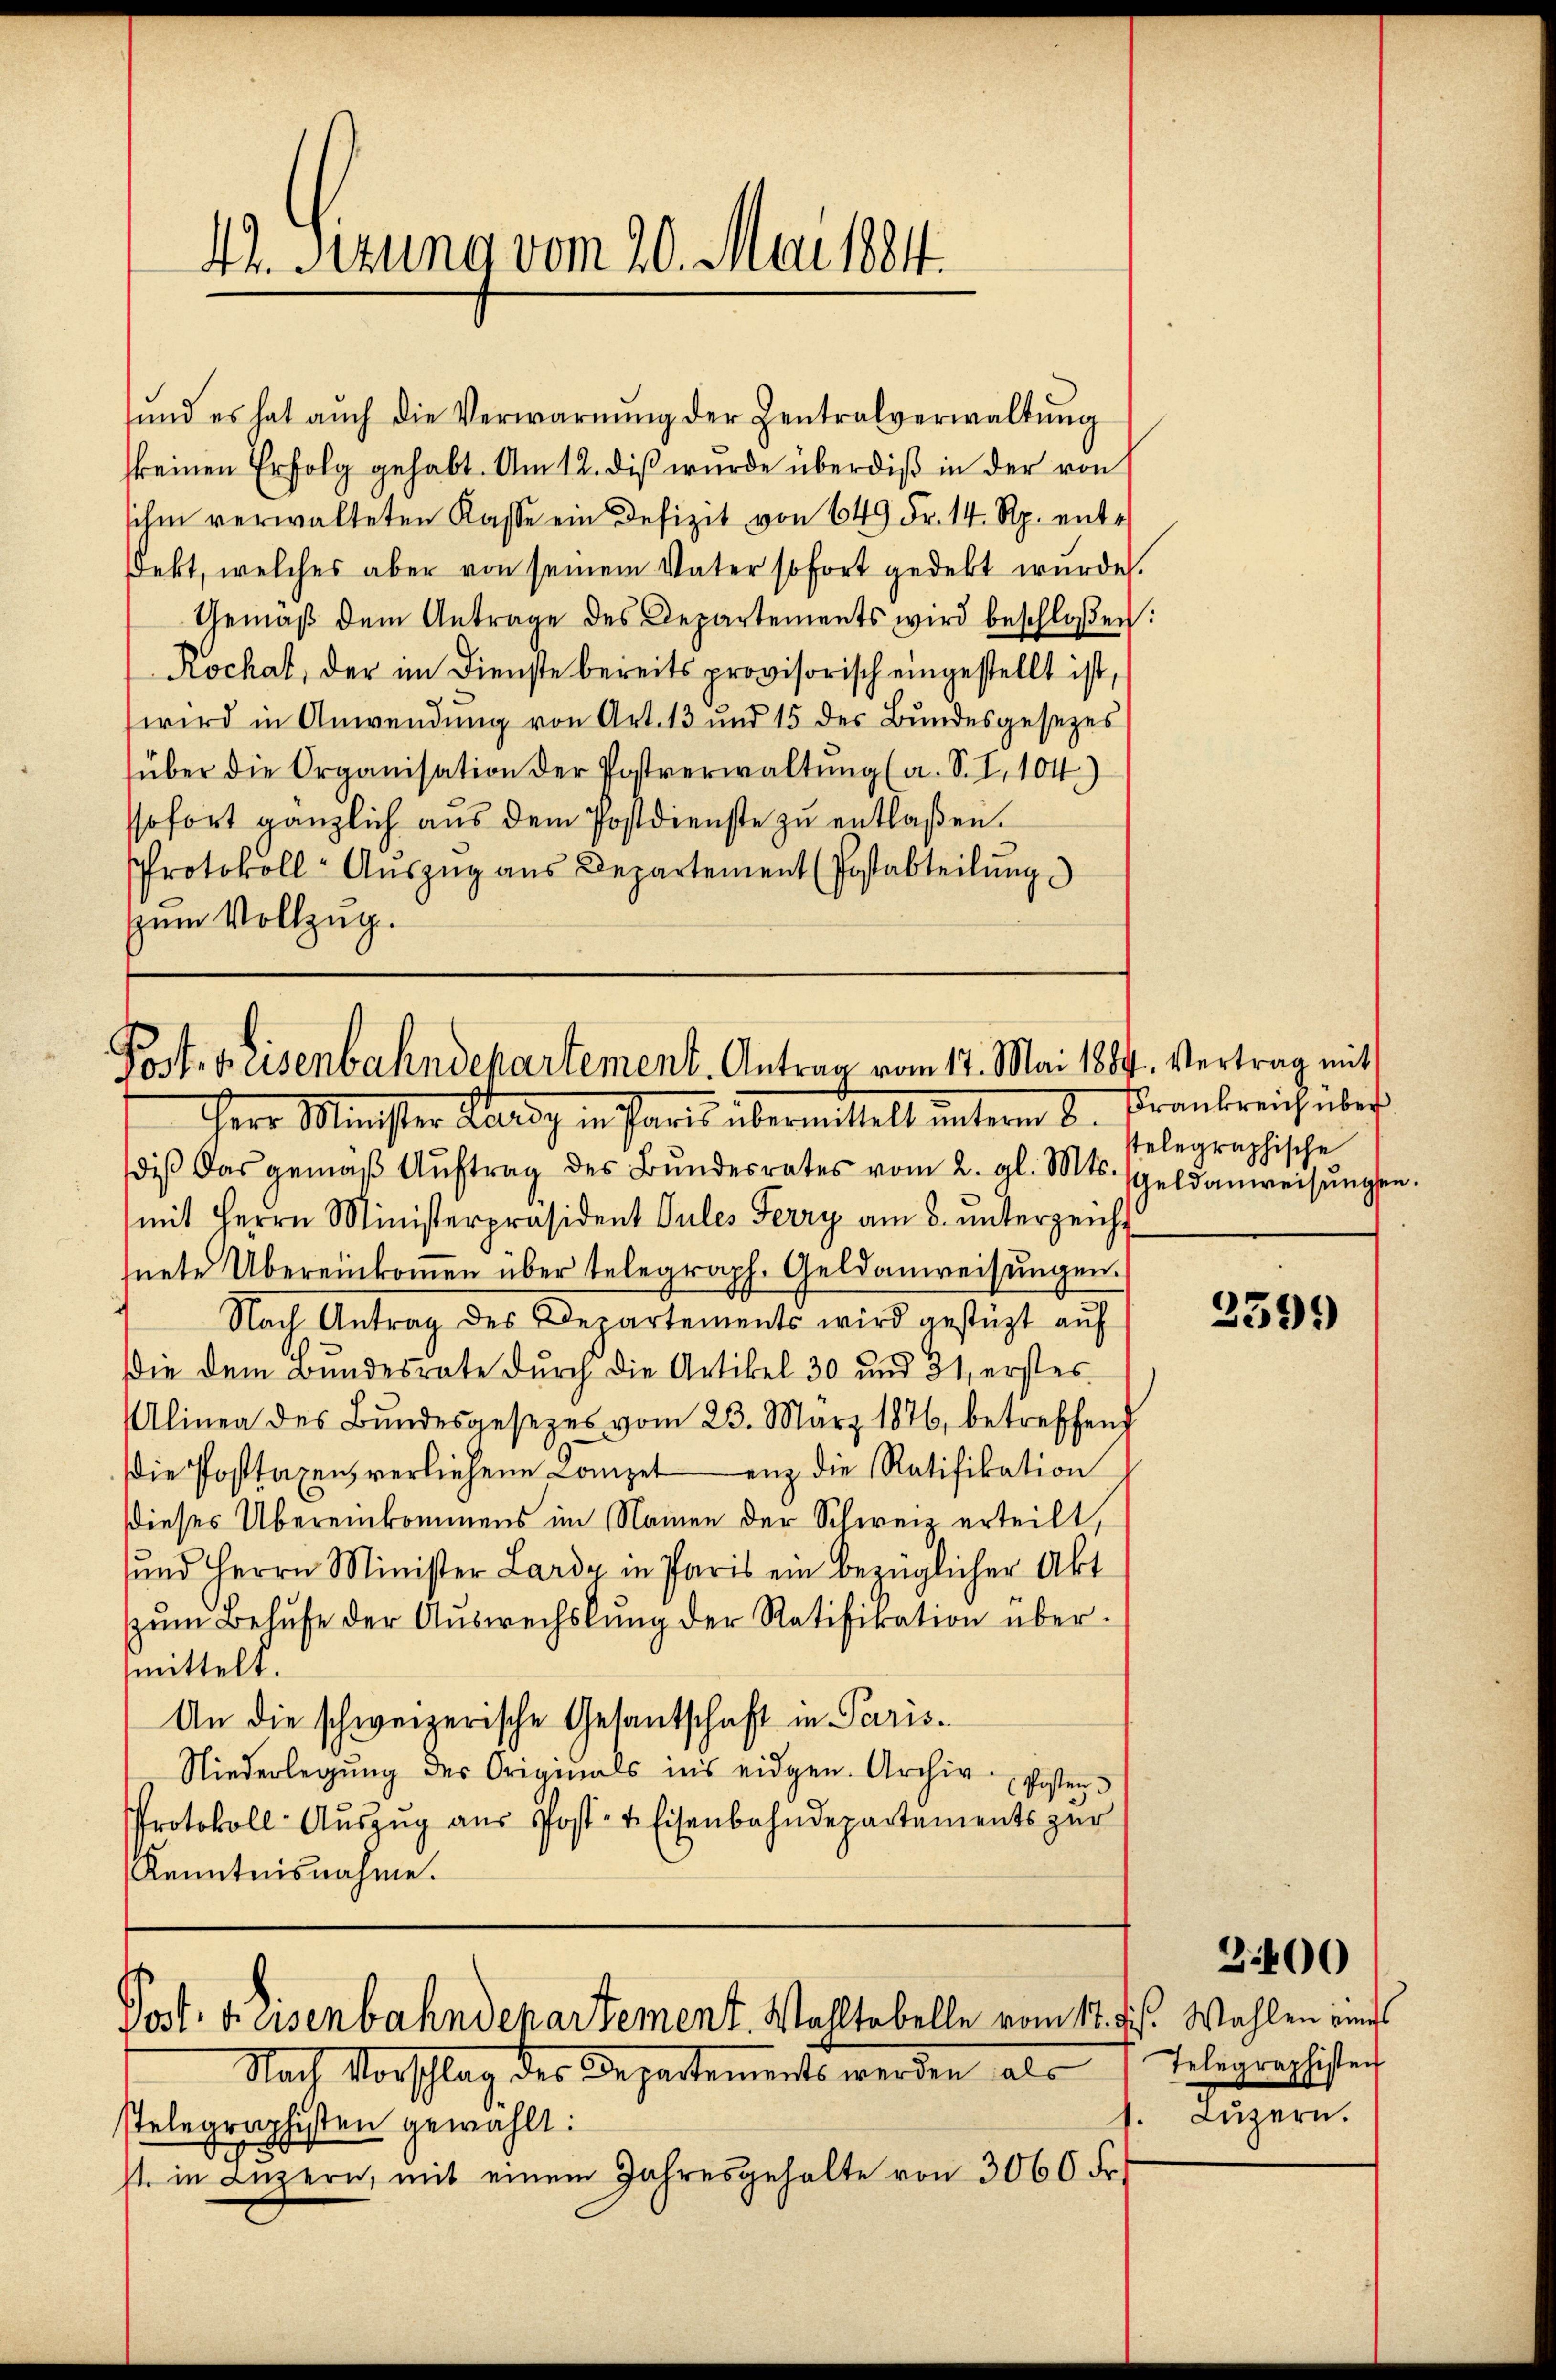
4. Serung vom 20. Mai 1884.

und es hat aŭch die Verwarnŭng der Zentralverwaltŭng
keinen Erfolg gehabt. Am 12. diβ wurde überdiβ in der von
sihm verwalteten Kasse ein Defizit von 649 Fr. 14. Rp. entekt, welches aber von seinem Vater sofort gedekt wurde.
Gemäβ dem Antrage des Departements wird beschloßen:
Rochat, der im Dienste bereits provisorisch eingestellt ist,
wird in Anwendung von Art. 13 und 15 der Bundesgesezes
über die Organisation der Postverwaltŭng (a. S. I, 104.)
sofort gänzlich aŭs dem Postdienste zŭ entlaßen.
Protokoll-Aŭszŭg aŭs Departement (Postabteilŭng
zum Vollzug.

diβ das gemäβ Aŭftrag des Bŭndesrates vom 2. gl. Mts. Geldanweisŭngen.
mit Herrn Ministerpräsident Sules Ferry am 8. unterzeicht
nete Übereinkommen über telegraph. Geldanweisungen.
Nach Antrag des Departements wird gestüzt aŭf
Die dem Bundesrate durch die Artikel 30 und 31, erstes
Alinea des Bŭndesgesetzes vom 23. März 1876, betreffend
die Posttaxen, verliehene Competenz die Ratifikation
dieses Übereinkommens im Namen der Schweiz erteilt,
und Herrn Minister Lardy in Paris ein bezüglicher Akt
zŭm Behufe der Aŭswechslung der Ratifikation über-
mittelt.
An die schweizerische Gesantschaft in Paris¬
Niederlegŭng des Originals ins eidgen. Archiv. Posten
Protokoll- Aŭszŭg aŭs Post- & Eisenbahndepartements zŭr
Kenntnisnahme.

Post. Weisenbahndepartement. Antrag vom 17. Mai 1889. Vertrag mit
Herr Minister Reise in Paris übermittelt unterm 8. Frankreich über

Post. Kaisenbahndepartement. Wohltobelle vom 17. ds. Wahlen eines

stelegraphische

Nach Vorschlag der Departements werden, als
stelegraphisten gewählt:
st in Luzern, mit einem Jahresgehalte von 3060 Fr.

2599

2400

Telegraphisten
Luzern.